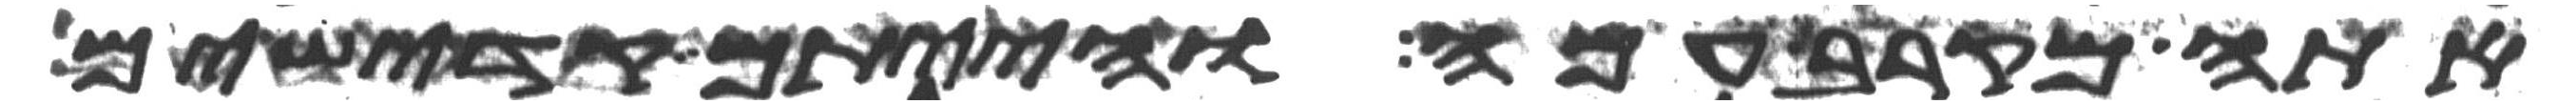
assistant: אתה מקרב עמה והייתם קדישים